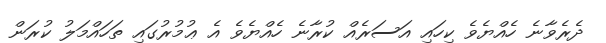
ދެރެވާނެ ހެއްޔެވެ ކިހައި އަސަރެއް ކުރާނެ ހެއްޔެވެ އެ ޢުމުރުގައި ތަހައްމަލު ކުރަން